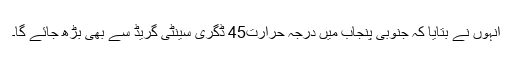
انہوں نے بتایا کہ جنوبی پنجاب میں درجہ حرارت45 ڈگری سینٹی گریڈ سے بھی بڑھ جائے گا۔